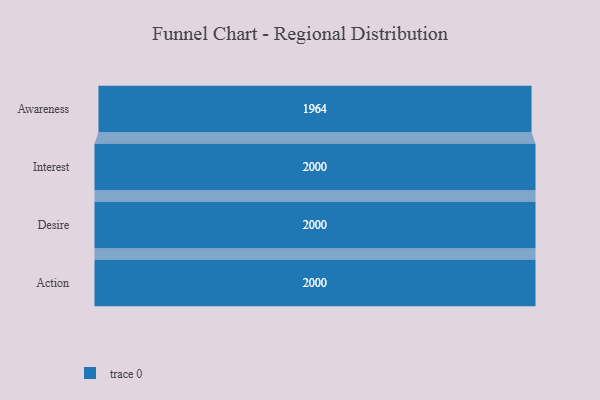
{"axis": {"x": "Stage", "y": "Value"}, "legend": [""], "data": [{"x": "Awareness", "y": 1964.0, "type": ""}, {"x": "Interest", "y": 2000, "type": ""}, {"x": "Desire", "y": 2000, "type": ""}, {"x": "Action", "y": 2000, "type": ""}]}